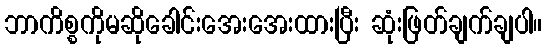
ဘာကိစ္စကိုမဆိုခေါင်းအေးအေးထားပြီး ဆုံးဖြတ်ချက်ချပါ။